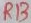
Text: R13